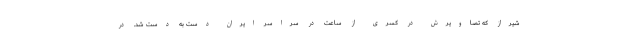
شیراز که تصاویرش در کسری از ساعت در سراسر ایران دست به دست شد. در